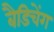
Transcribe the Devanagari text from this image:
बैडिचेंग